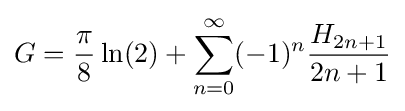
G={\frac {\pi }{8}}\ln(2)+\sum _{n=0}^{\infty }(-1)^{n}{\frac {H_{2n+1}}{2n+1}}